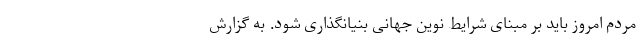
مردم امروز باید بر مبنای شرایط نوین جهانی بنیانگذاری شود. به گزارش